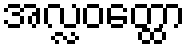
အလ္လဝတ္ထော